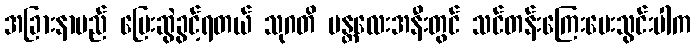
အခြားနာမည် ပြေးဆွဲခွင့်ရတယ် သုဂတိ မန္တလေးအနီးတွင် သင်တန်းကြေးပေးသွင်းပါက